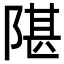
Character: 𬯋